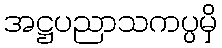
အဋ္ဌပညာသကပ္ပမှိ